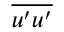
\overline { { u ^ { \prime } u ^ { \prime } } }